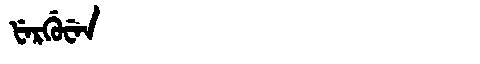
Manchu: ᡶᡝᡵᡤᡠᠸᡝᠨ
Romanization: FERGUWEN